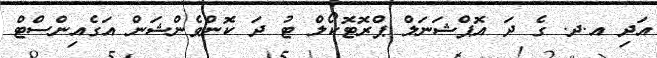
އަދި އ.ދ. ގެ ދަ އޮޕްޝަނަލް ޕްރޮޓޮކޯލް ޓު ދަ ކޮންވެންޝަން އަގެއިންސްޓް